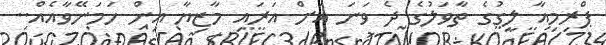
ޕްރިމިއާ ލީގުގެ ތާވަލުގެ ދެ ވަނަ އަށް އަރައި މާޒިޔާ އިން ހަމަނޭވާއެއް..